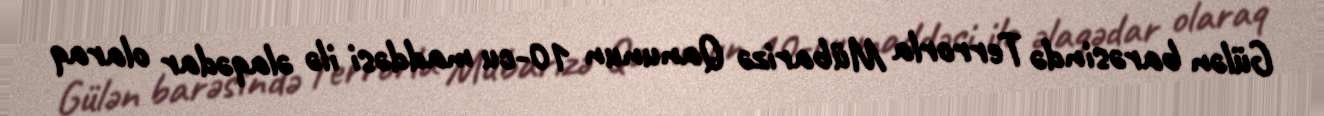
Gülən barəsində Terrorla Mübarizə Qanunun 10-cu maddəsi ilə əlaqədar olaraq